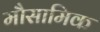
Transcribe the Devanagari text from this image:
मौसामिक